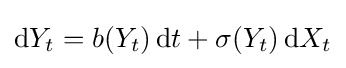
\mathrm {d} Y_{t}=b(Y_{t})\,\mathrm {d} t+\sigma (Y_{t})\,\mathrm {d} X_{t}